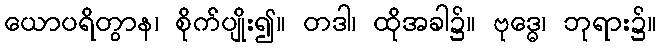
ယောပရိတွာန၊ စိုက်ပျိုး၍။ တဒါ၊ ထိုအခါ၌။ ဗုဒ္ဓေ၊ ဘုရား၌။